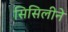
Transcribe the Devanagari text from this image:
सिसिलीने